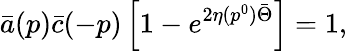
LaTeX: \bar{a}(p)\bar{c}(-p)\left[1-e^{2\eta(p^{0})\bar{\Theta}}\right]=1,